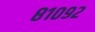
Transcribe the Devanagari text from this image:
८१०९२